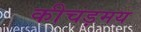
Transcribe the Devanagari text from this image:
कीचड़मय